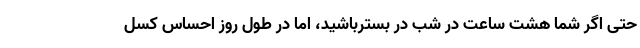
حتی اگر شما هشت ساعت در شب در بسترباشید، اما در طول روز احساس کسل